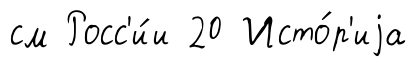
см Росс'и́и 20 Исто́р'иjа